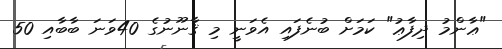
"ޢާންމު ދިފާޢު" ކަމަށް ބުނެފައި އެވަނީ މި ޤާނޫނުގެ 40ވަނަ ބާބާއި 50